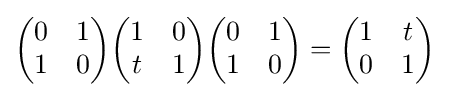
{\begin{pmatrix}0&1\\1&0\end{pmatrix}}{\begin{pmatrix}1&0\\t&1\end{pmatrix}}{\begin{pmatrix}0&1\\1&0\end{pmatrix}}={\begin{pmatrix}1&t\\0&1\end{pmatrix}}